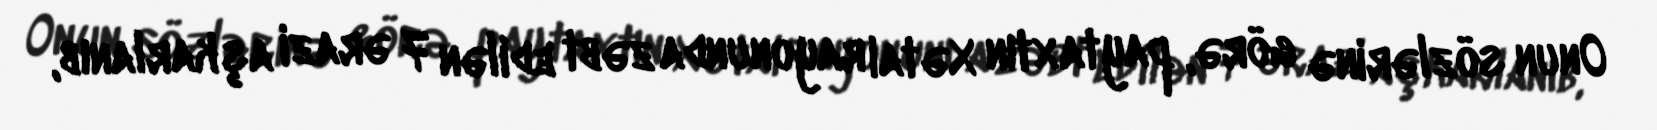
Onun sözlərinə görə, paytaxtın Xətai rayonunda zəbt edilən 7 ərazi aşkarlanıb,